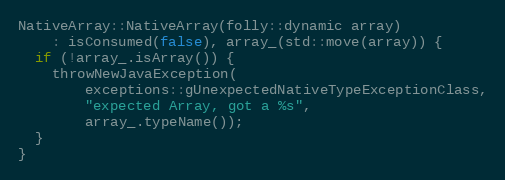
Language: C++
NativeArray::NativeArray(folly::dynamic array)
    : isConsumed(false), array_(std::move(array)) {
  if (!array_.isArray()) {
    throwNewJavaException(
        exceptions::gUnexpectedNativeTypeExceptionClass,
        "expected Array, got a %s",
        array_.typeName());
  }
}